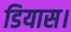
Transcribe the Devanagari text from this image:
डियास।